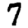
Digit: 7